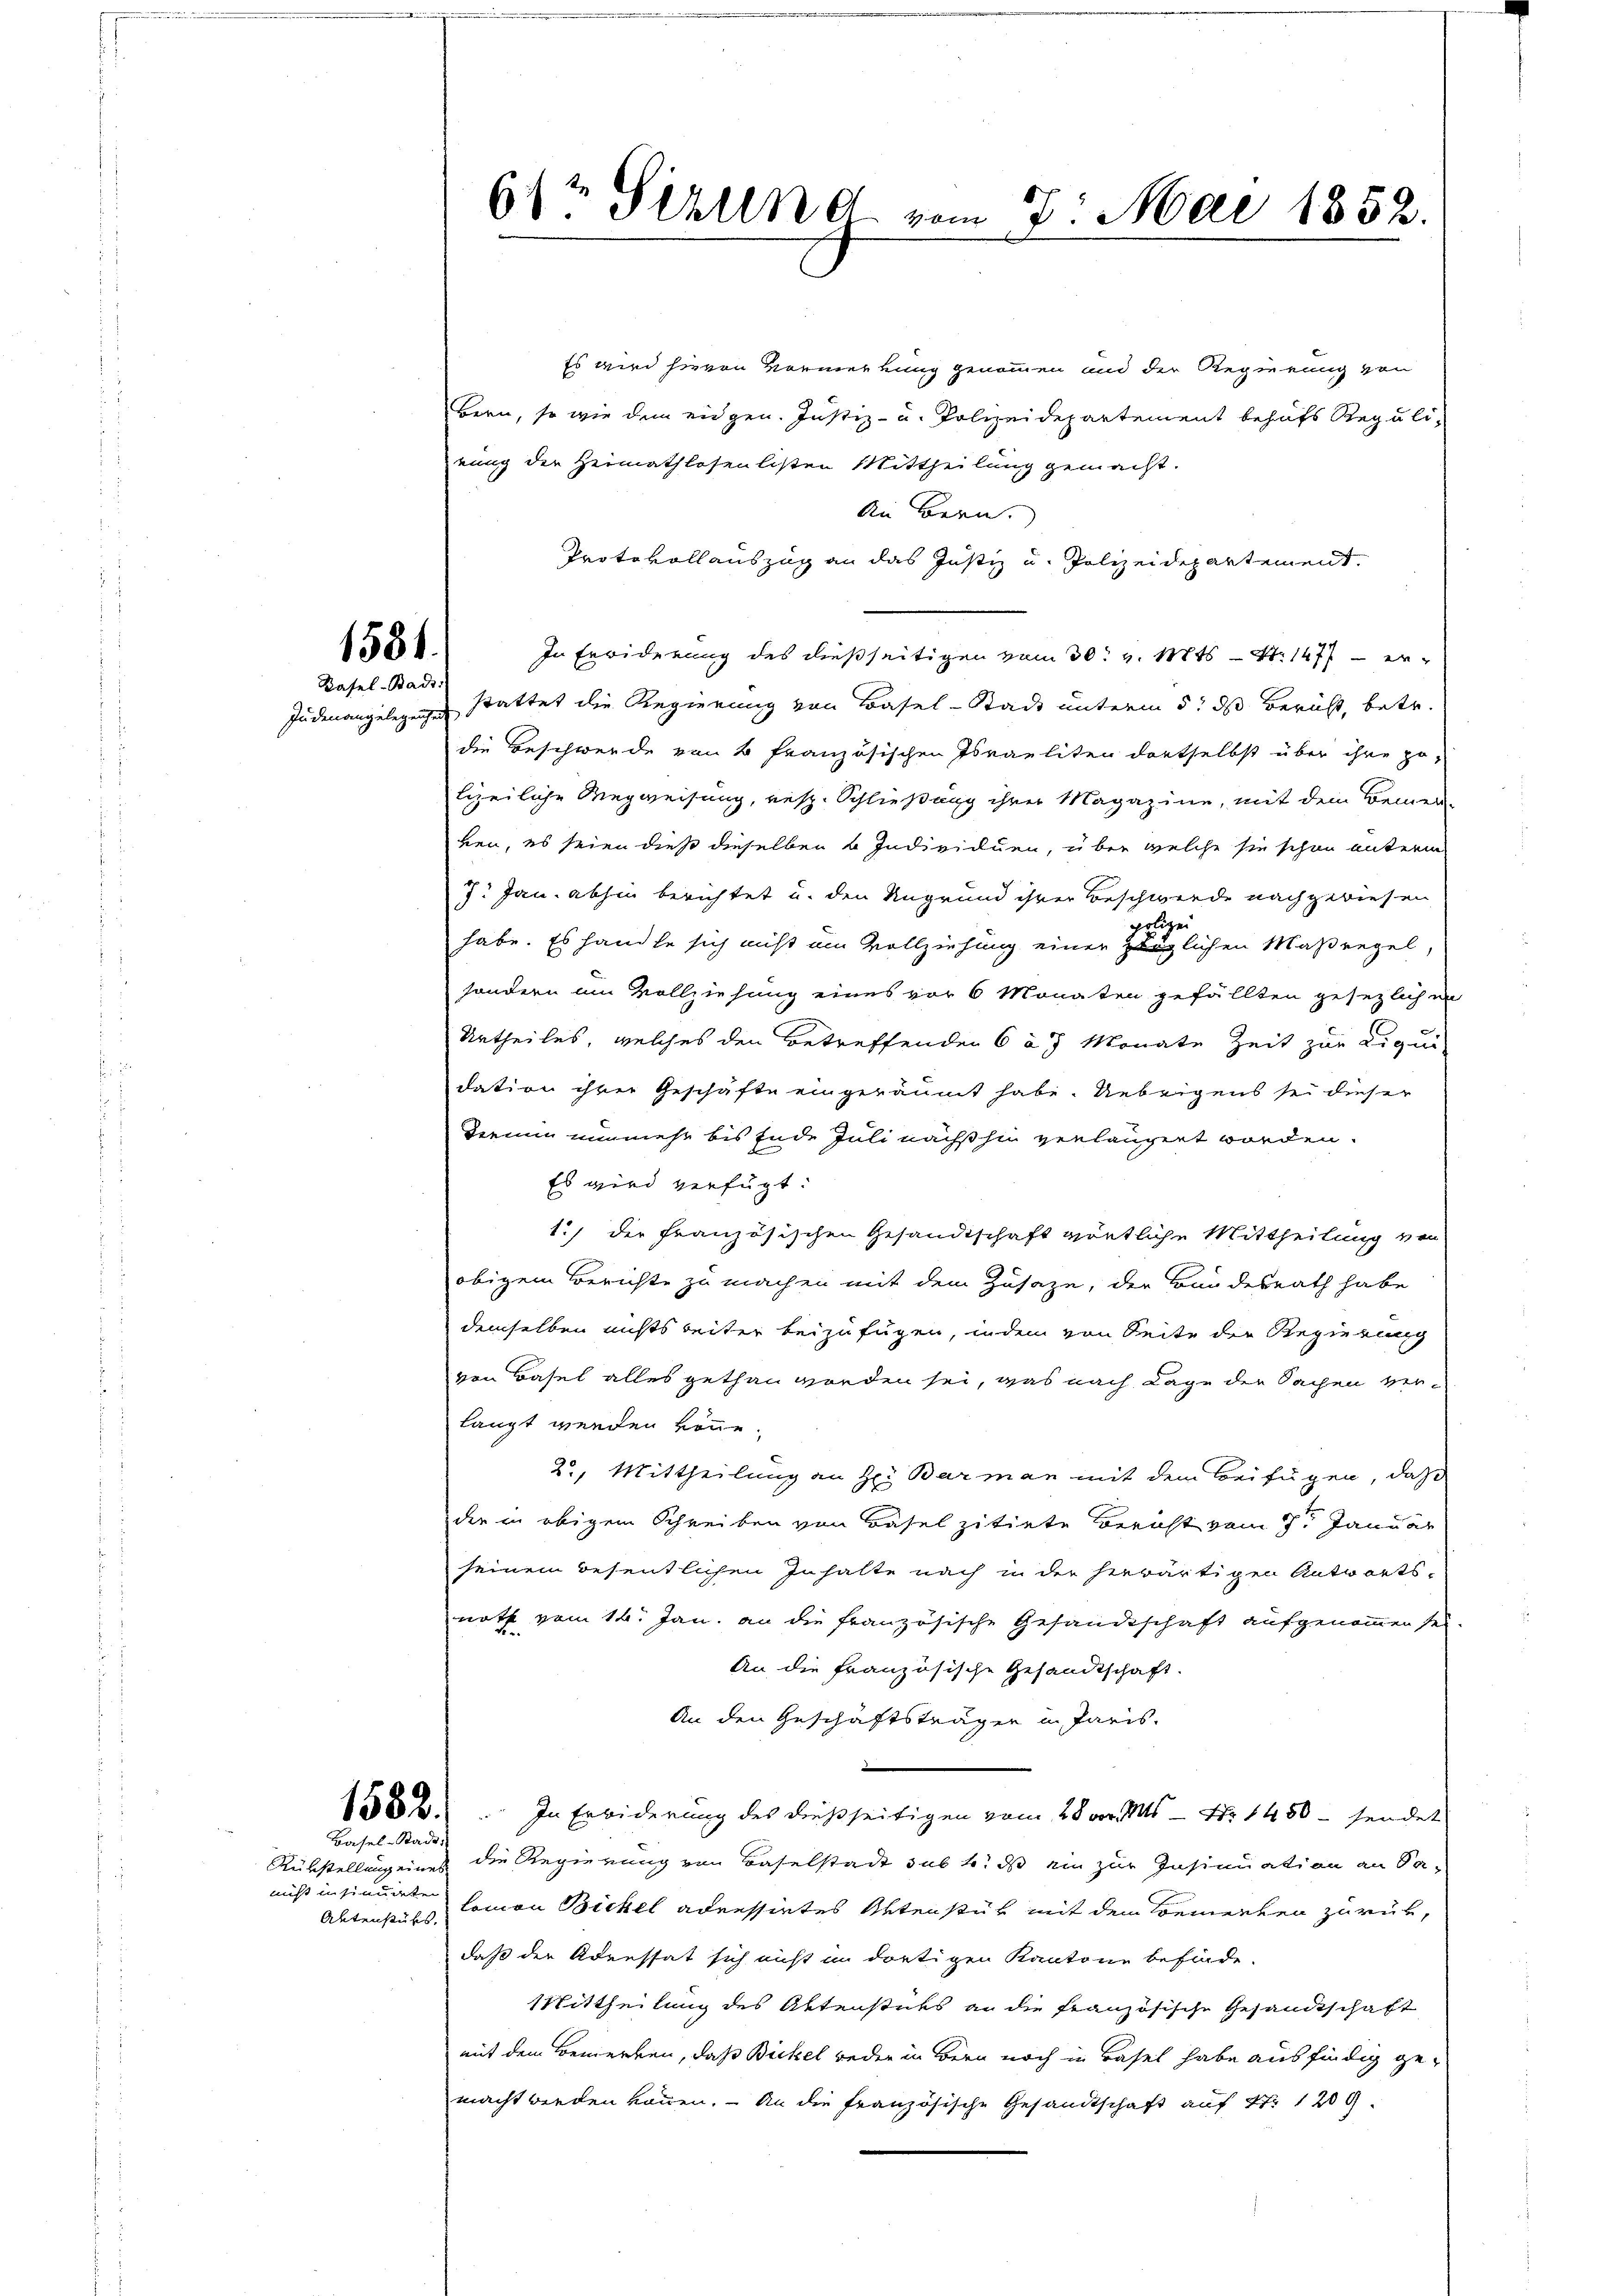
1531.
Kasel-Bads:

Basel-Stadt,

Rükstellung eines
nicht insinuirten
Aktenstüks.

614 Sekund vom 7. Mai 1852.

Es wird hievon Vormerkung genommen und der Regierung von
Bern, so wie dem eidgen. Justiz- u. Polizeidepartement behufs Reguli-
rung der Heimathlosenlisten Mittheilung gemacht.
An Bern.
Protokollauszug an das Justiz u. Polizeidepartement
In Erwiderung des dießseitigen vom 30. v. Mts. S. 1477 - er-
Judenangelegen stattet die Regierung von Basel-Stadt unterm 5. ds Bericht, betr.
die Beschwerde von 4 französischen Israeliten dortselbst über ihre po-
lizeiliche Wegweisung, resp. Schließung ihrer Magazine, mit dem Bemer-
ken, es seien dieß dieselben 4 Individuen, über welche sie schon unterm
7. Jan. abhin berichtet u. den Ungrund ihrer Beschwerde nachgewiesen
geeigen
habe. Es handte sich nicht am Vollziehung einer Zöglichen Maßregel,
sondern am Vollziehung eines vor 6 Monaten gefällten gesezlichen
Urtheiles, welches den Betreffenden 6 af Monate Zeit zur Liqui
dation ihrer Geschäfte eingeräumt habe. Uebrigens sei dieser
Tiemen nunmehr bis Ende Juli nächsthin verlängert worden.
Es wird verfügt:
1.) der französischen Gesandtschaft wörtliche Mittheilung von
obigem Berichte zu machen mit dem Zusaze, der Bundesrath habe
demselben nichts beiter beizufügen, indem von Seite der Regierung
von Basel alles gethan worden sei, was nach Lage der Sachen ver-
langt werden könne.
22. Mittheilung an H. Barman mit dem Beifügen, daß
der in obigem Schreiben von Basel zitirte Bericht vom 9ten Januar
seinem Besentlichen Inhalte nach in der herwärtigen Antworts-
noth vom 14. Jan. an die französische Gesandtschaft aufgenommen sei.
An die französische Gesandtschaft.
An den Geschäftsträgen in Paris.
.
1882. In Erbiderung des dießseitigen vom 28 vor. Mts. - Nr. 1450 - sendet
die Regierung von Baselstadt sub 1. ds ein zur Insinuation an da-
lomon Bickel adressirtes Ortenstük mit dem Bemerken zurück,
daß der Adressat sich nicht in dortigen Kantone befinde.
Mittheilung des Aktenstücks an die französische Gesandtschaft
mit dem Bemerken, daß Bickel weder in Bern noch in Basel habe ausfindig gemacht werden können. - An die französische Gesandtschaft auf 4. 1209.